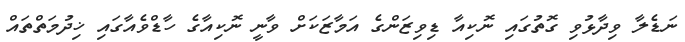
ނަޑެލާ ވިދާޅުވި ގޮތުގައި ނޮކިއާ ޑިވިޒަންގެ އަމާޒަކަށް ވާނީ ނޮކިއާގެ ހާޑްވެއާގައި ޚިދުމަތްތައް